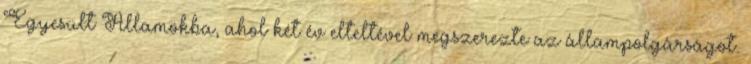
Egyesült Államokba, ahol két év elteltével megszerezte az állampolgárságot.